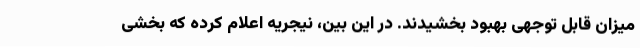
میزان قابل توجهی بهبود بخشیدند. در این بین، نیجریه اعلام کرده که بخشی